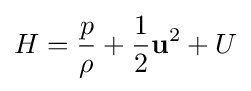
H={\frac {p}{\rho }}+{\frac {1}{2}}\mathbf {u} ^{2}+U